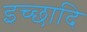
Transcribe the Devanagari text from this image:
इच्छादि